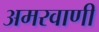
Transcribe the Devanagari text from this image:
अमरवाणी